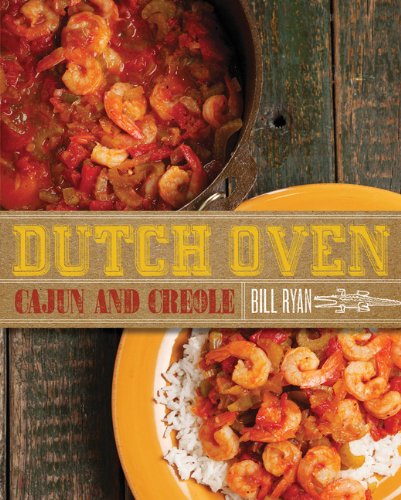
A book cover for Dutch Oven Cajun and Creole; Bill Ryan; Cookbooks, Food & Wine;